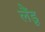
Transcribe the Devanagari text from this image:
लैंडू